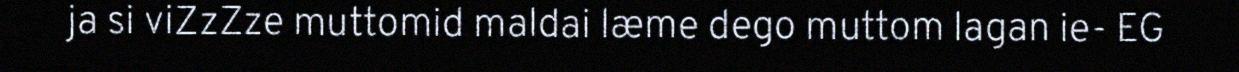
ja si viZzZze muttomid maldai læme dego muttom lagan ie- EG